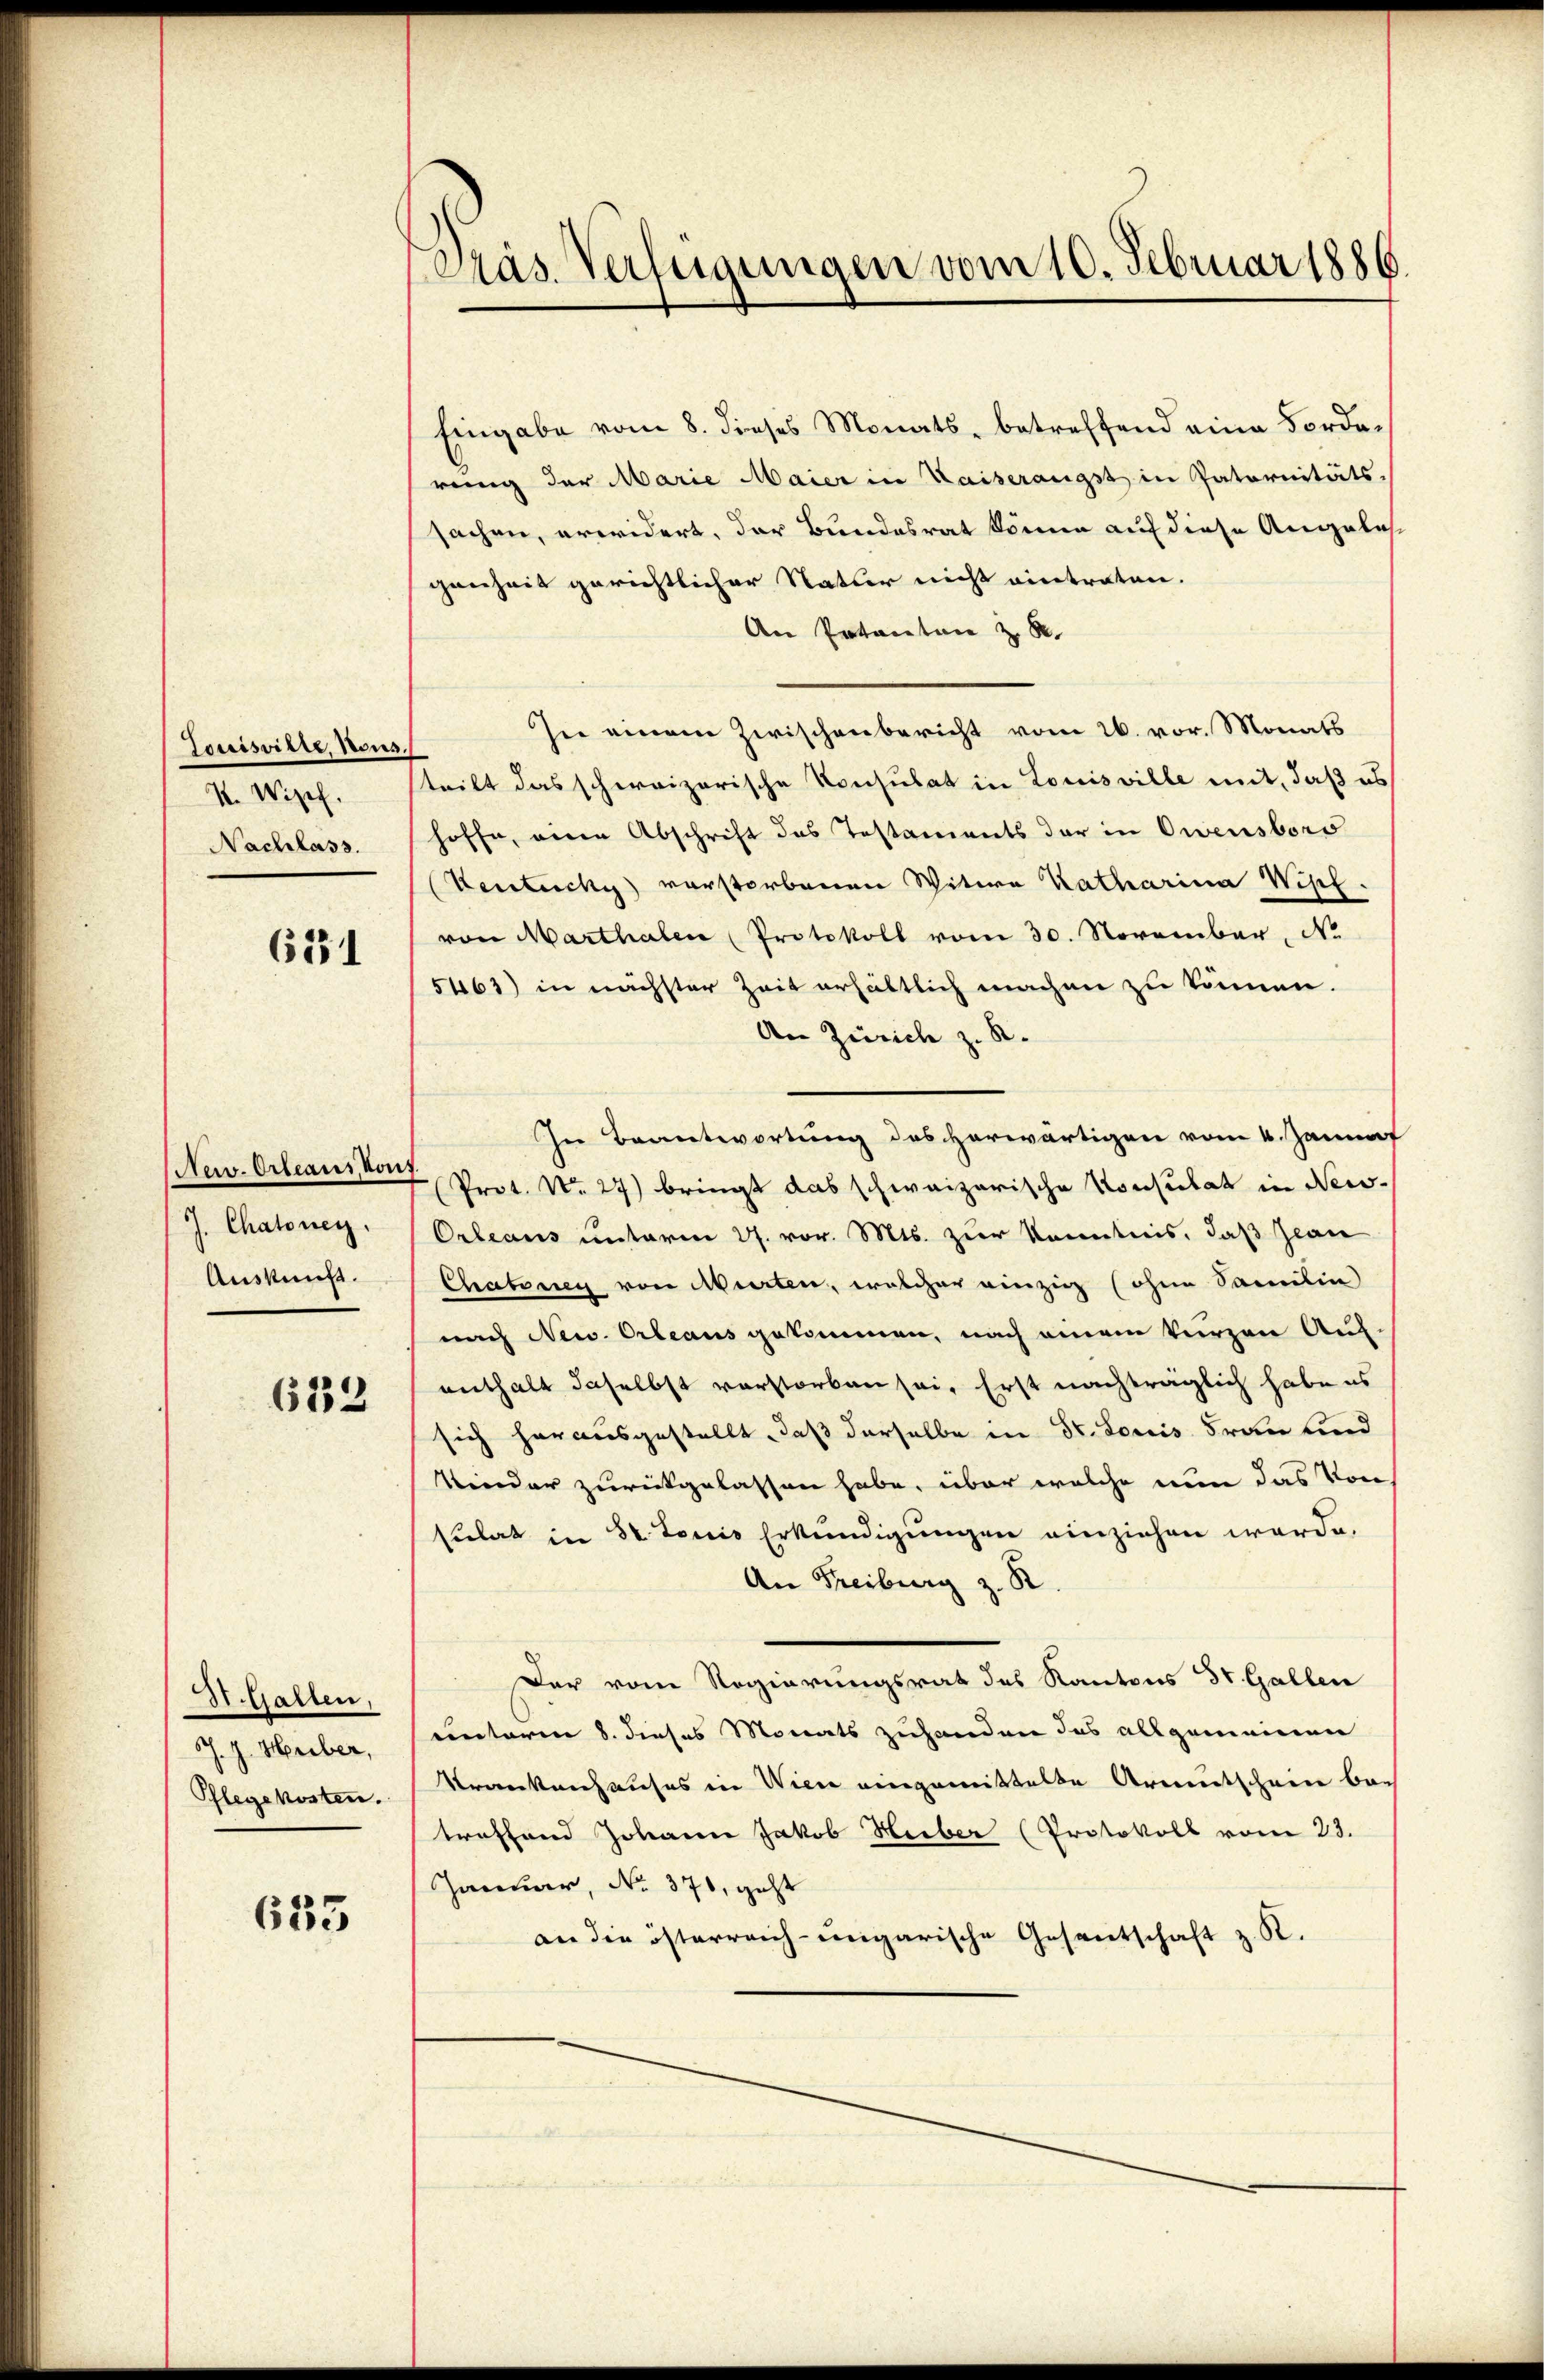
Louisville, Nous.
I. Wipf.
Nachlass.

631

Nei. Orleans, von
J. Chatoney.
Auskunft.

633

St. Gallen,
J. J. Huber,
Pflegekosten.

633

Präs. Verfügungen vom 10. Februar 1886.

Eingabe vom 8. dieses Monats, betreffend eine Forderung der Marie Maier in Kaiserangst in Paternitäts
sachen, erwidert, der Bundesrat könne auf diese Angelasgenheit gerichtlicher Natur nicht eintraten.
An Patenten z. B.
In einem Zwischenbericht vom 26. vor. Monats
tritt das schweizerische Konsulat in Louisville mit, daß es
hoffe, einen Abschrift das Testaments der in Owensboro
Ventuchy vorstorbenen Witwe Katharina Wipf.
von Marthalen (Protokoll vom 30. November, No
5463) in nächster Zeit erhältlich machen zu können.
An Zürich z. R.
In Beantwortung des herwärtigen vom 4. Januar
Prot. No. 27) bringt das schweizerische Konsulat in New-
Orleans unterm 27. vor. Mts. zur Kenntnis, daß Jean
Chatonen von Murten, welcher einzig (ohne Samilie
nach New. Orleaus gekommen, nach einem Verzen Auf-
enthalt daselbst verstorben sei. Erst nachträglich habe es
sich herausgestellt, daß derselbe in Dr. Louis Frau und
Kinder zurückgelassen habe, über welche nun das von
sulat in St. Louis Erkundigungen einziehen werde.
An Freiburg z. B
Der vom Regierungsrat des Kantons St. Gallen
einteren 8. dieses Monats zuhanden das allgemeinen
Krankenhauses in Wien eingemittelte Armutschein bac
troffend Johann Jakob Heiber (Protokoll vom 23.
Januar, No. 376, geht
an die österreich-ungarische Gesantschaft z. R.